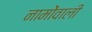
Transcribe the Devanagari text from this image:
नामोंवाली